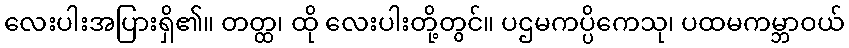
လေးပါးအပြားရှိ၏။ တတ္ထ၊ ထို လေးပါးတို့တွင်။ ပဌမကပ္ပိကေသု၊ ပထမကမ္ဘာဝယ်